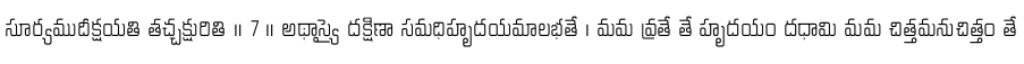
సూర్యముదీక్షయతి తచ్చక్షురితి ॥ 7 ॥ అథాస్యై దక్షిణా సమధిహృదయమాలభతే । మమ వ్రతే తే హృదయం దధామి మమ చిత్తమనుచిత్తం తే